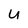
Character: U